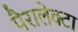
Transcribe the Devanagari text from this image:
पैरालेक्टा